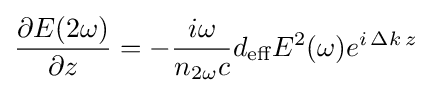
{\frac {\partial E(2\omega )}{\partial z}}=-{\frac {i\omega }{n_{2\omega }c}}d_{\text{eff}}E^{2}(\omega )e^{i\,\Delta k\,z}